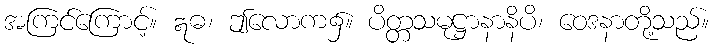
အကြင်ကြောင့်။ ဣဓ၊ ဤလောက၌။ ပိတ္တသမုဋ္ဌာနာနိပိ၊ ဝေဒနာတို့သည်။